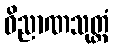
ဝိညာဏသုတ္တံ